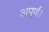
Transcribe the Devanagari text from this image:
अपूर्ण।